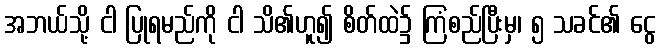
အဘယ်သို့ ငါ ပြုရမည်ကို ငါ သိ၏ဟူ၍ စိတ်ထဲ၌ ကြံစည်ပြီးမှ၊ ၅ သခင်၏ ငွေ